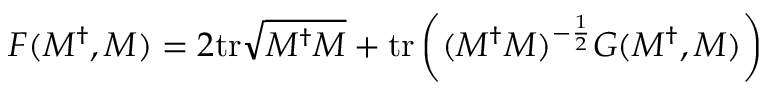
F ( M ^ { \dag } , M ) = 2 \mathrm { t r } \sqrt { M ^ { \dag } M } + \mathrm { t r } \left( ( M ^ { \dag } M ) ^ { - { \frac { 1 } { 2 } } } G ( M ^ { \dag } , M ) \right)